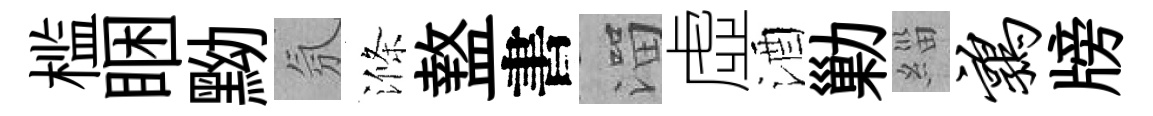
槛睏黝氛滌盩書溜虛酒勦緇鹑牓